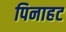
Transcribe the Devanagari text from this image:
पिनाहट